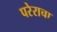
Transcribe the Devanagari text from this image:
परेराचा